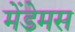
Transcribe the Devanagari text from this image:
मेंडेमस